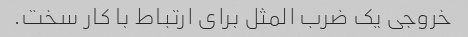
خروجی یک ضرب المثل برای ارتباط با کار سخت.